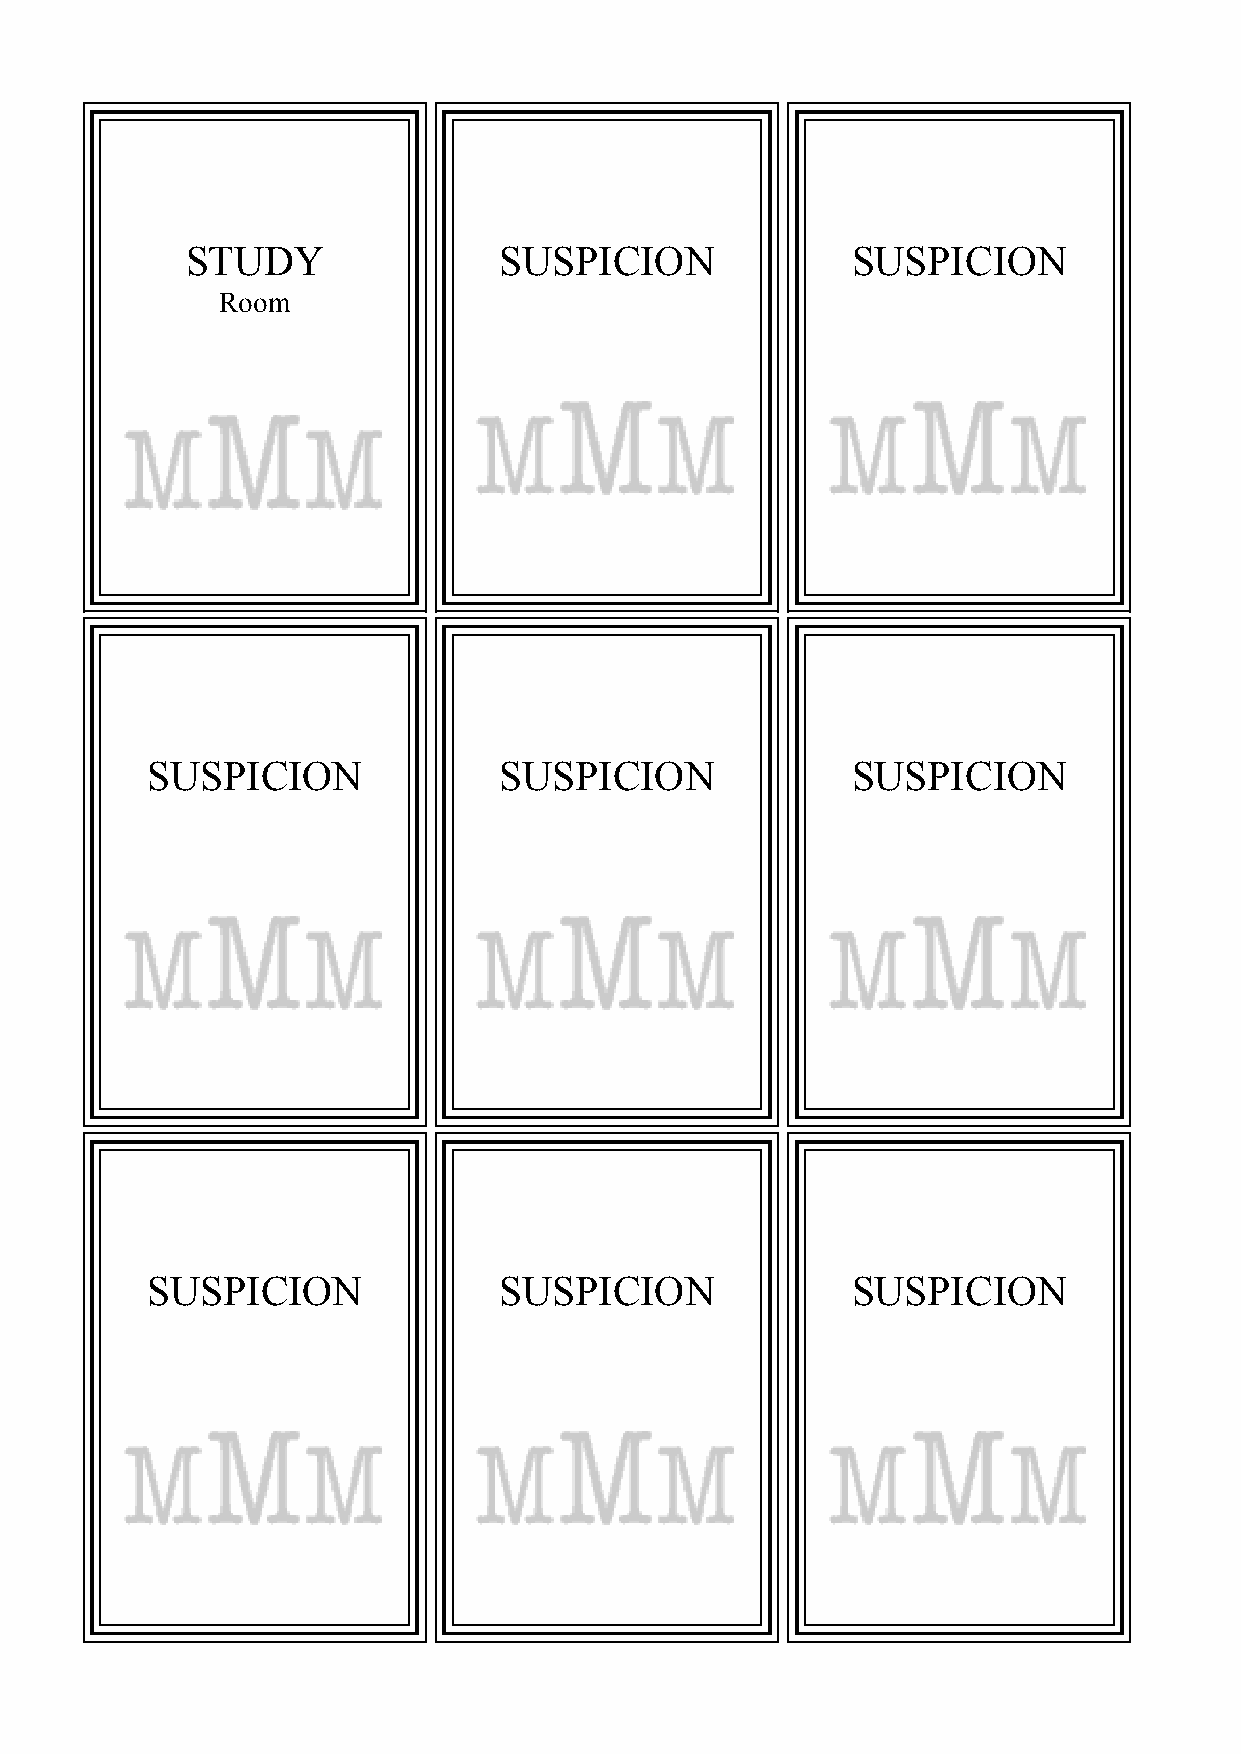
STUDY                SUSPICION              SUSPICION
 Room
 SUSPICION              SUSPICION              SUSPICION
 SUSPICION              SUSPICION              SUSPICION